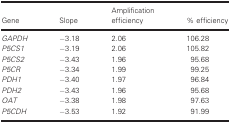
<table><thead><tr><td><b>Gene</b></td><td><b>Slope</b></td><td><b>Amplification efficiency</b></td><td><b>% efficiency</b></td></tr></thead><tbody><tr><td><i>GAPDH</i></td><td>−3.18</td><td>2.06</td><td>106.28</td></tr><tr><td><i>P5CS1</i></td><td>−3.19</td><td>2.06</td><td>105.82</td></tr><tr><td><i>P5CS2</i></td><td>−3.43</td><td>1.96</td><td>95.68</td></tr><tr><td><i>P5CR</i></td><td>−3.34</td><td>1.99</td><td>99.25</td></tr><tr><td><i>PDH1</i></td><td>−3.40</td><td>1.97</td><td>96.84</td></tr><tr><td><i>PDH2</i></td><td>−3.43</td><td>1.96</td><td>95.68</td></tr><tr><td><i>OAT</i></td><td>−3.38</td><td>1.98</td><td>97.63</td></tr><tr><td><i>P5CDH</i></td><td>−3.53</td><td>1.92</td><td>91.99</td></tr></tbody></table>